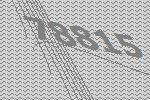
78815